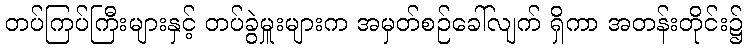
တပ်ကြပ်ကြီးများနှင့် တပ်ခွဲမှူးများက အမှတ်စဉ်ခေါ်လျက် ရှိကာ အတန်းတိုင်း၌